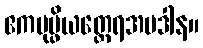
ဧကပုပ္ဖိယတ္ထေရအပဒါန။